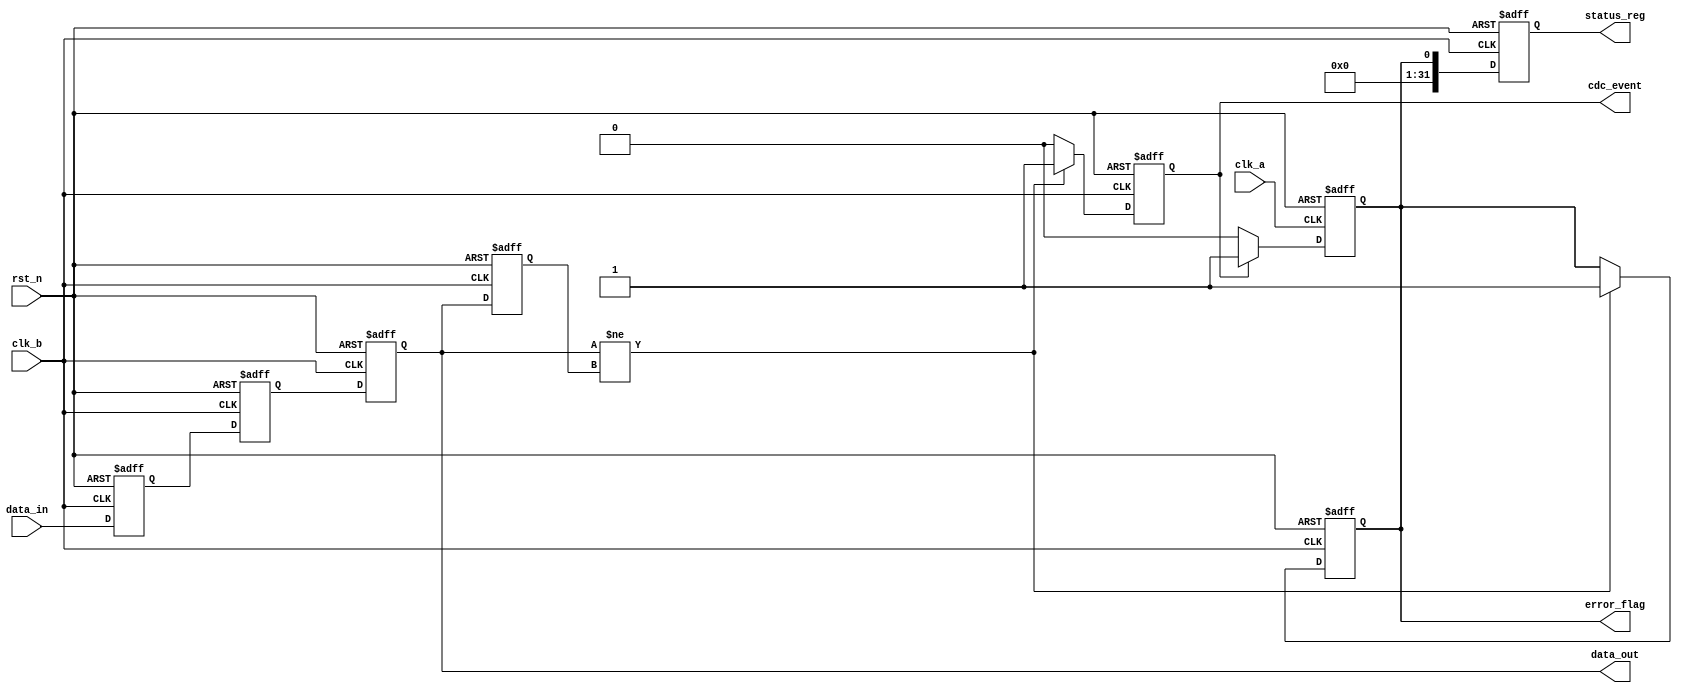
module cdc_detector (
    input wire clk_a,            // Clock domain A
    input wire clk_b,            // Clock domain B
    input wire rst_n,            // Active low asynchronous reset
    input wire data_in,          // Data input signal in clk_a domain
    output reg data_out,         // Synchronized data output in clk_b domain
    output reg cdc_event,        // CDC event flag
    output reg error_flag,       // Error flag indicating potential CDC issues
    output reg [31:0] status_reg // Status register for monitoring
);

// Internal registers
reg data_out_prev;             // Previous value of data_out
reg data_in_sync1;             // First stage of synchronizer
reg data_in_sync2;             // Second stage of synchronizer

// Asynchronous reset and data synchronization in clk_b domain
always @(posedge clk_b or negedge rst_n) begin
    if (!rst_n) begin
        data_in_sync1 <= 1'b0;
        data_in_sync2 <= 1'b0;
        data_out <= 1'b0;
        data_out_prev <= 1'b0;
        cdc_event <= 1'b0;
        error_flag <= 1'b0;
        status_reg <= 32'b0;
    end else begin
        // Synchronizing data_in to clk_b domain
        data_in_sync1 <= data_in; // First stage
        data_in_sync2 <= data_in_sync1; // Second stage
        data_out <= data_in_sync2; // Synchronized output

        // Detecting CDC event
        if (data_out != data_out_prev) begin
            cdc_event <= 1'b1; // CDC event detected
            error_flag <= 1'b1; // Set error flag
        end else begin
            cdc_event <= 1'b0; // No event
        end

        // Update previous data_out
        data_out_prev <= data_out;

        // Update status register
        status_reg <= {31'b0, error_flag}; // Store error flag in status register
    end
end

// Reset error flag in clk_a domain
always @(posedge clk_a or negedge rst_n) begin
    if (!rst_n) begin
        error_flag <= 1'b0; // Clear error flag on reset
    end else if (cdc_event) begin
        error_flag <= 1'b1; // Maintain error flag if CDC event occurs
    end else begin
        error_flag <= 1'b0; // Clear error flag if no event
    end
end

endmodule